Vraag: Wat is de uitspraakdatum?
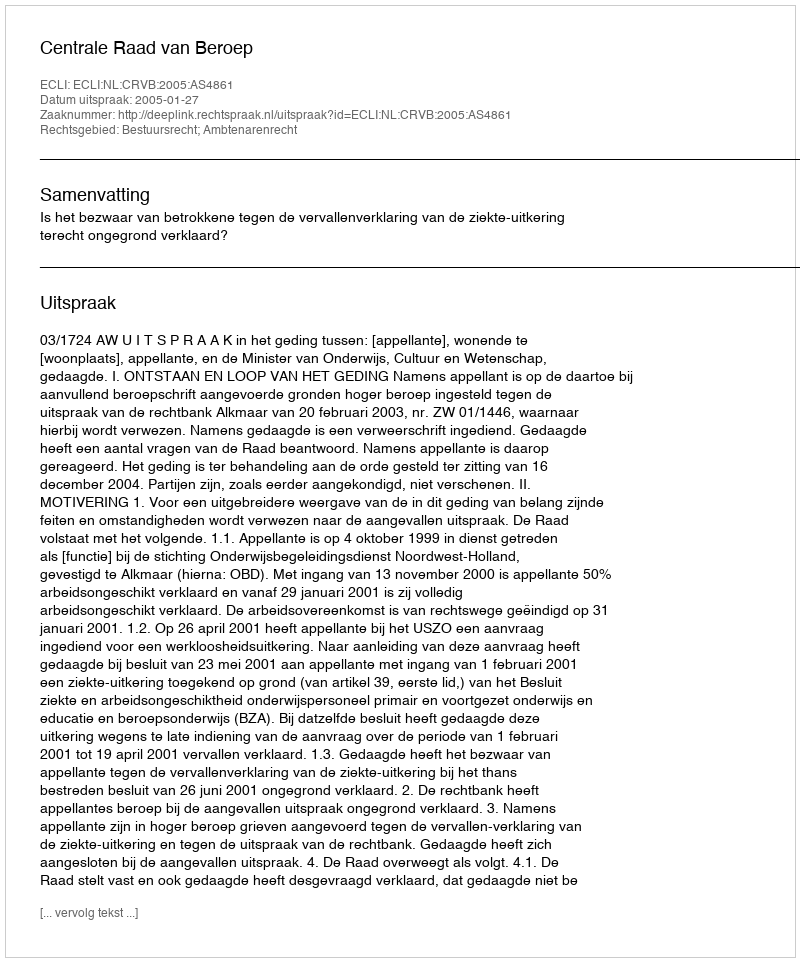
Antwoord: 2005-01-27